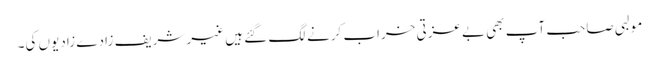
مولبی صاحب آپ بھی بے عزتی خراب کرنے لگ گئے ہیں غیر شریف زادے زادیوں کی۔